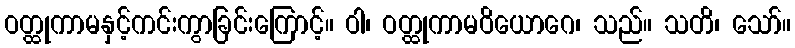
ဝတ္ထုကာမနှင့်ကင်းကွာခြင်းကြောင့်။ ဝါ၊ ဝတ္ထုကာမဝိယောဂေ၊ သည်။ သတိ၊ သော်။